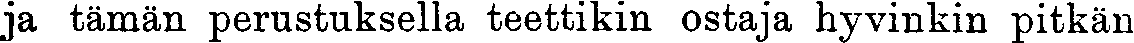
ja tämän perustuksella teettikin ostaja hyvinkin pitkän